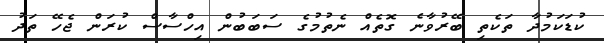
ކުޑަކަމުދާ ތަކެތި ބޭރުވާނެ ގޮތެއް ނެތުމުގެ ސަބަބުން އިހްސާސް ކުރަން ޖެހޭ ތަދު